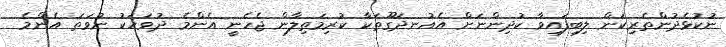
ނުކުޅެދުންތެރިކަން ލިބިފައިވާ ކުދިންނަށް އެއުނދަގޫތަކާ ކުރިމަތިލާން ޖެހެނީ އެންމެ ދުވަހަކު ނުވަތަ އެންމެ